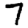
Digit: 7